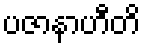
ပဇာနာဟီတိ